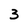
Character: 3